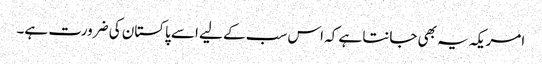
امریکہ یہ بھی جانتا ہے کہ اس سب کے لیے اسے پاکستان کی ضرورت ہے۔